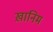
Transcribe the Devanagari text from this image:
ख़ानिम